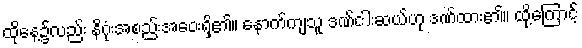
ထိုနေ့၌လည်း နိဂုံးအစည်းအဝေးရှိ၏။ နောက်ကျသူ ဒဏ်ငါးဆယ်ဟု ဒဏ်ထား၏။ ထို့ကြောင့်